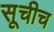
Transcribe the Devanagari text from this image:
सूचीच